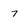
Character: 7